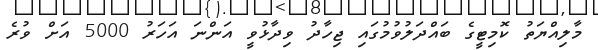
މާލިއްޔަތު ކޮމިޓީގެ ބައްދަލުވުމުގައި ޖިހާދު ވިދާޅުވީ އަންނަ އަހަރު 5000 އަށް ވުރެ